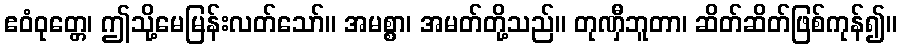
ဧဝံဝုတ္တေ၊ ဤသို့မေမြန်းလတ်သော်။ အမစ္စာ၊ အမတ်တို့သည်။ တုဏှီဘူတာ၊ ဆိတ်ဆိတ်ဖြစ်ကုန်၍။